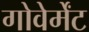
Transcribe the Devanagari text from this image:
गोवेर्मेंट